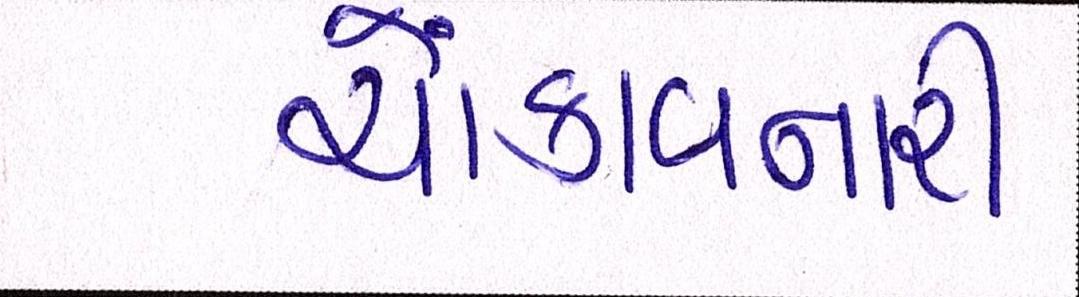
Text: ચોંકાવનારી